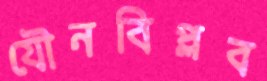
যৌনবিপ্লব